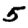
Digit: 5